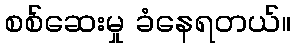
စစ်ဆေးမှု ခံနေရတယ်။